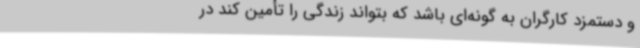
و دستمزد کارگران به گونه‌ای باشد که بتواند زندگی را تأمین کند در